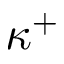
\kappa ^ { + }